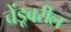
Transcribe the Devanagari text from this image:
चेंडूवरील